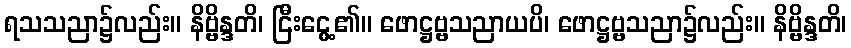
ရသသညာ၌လည်း။ နိဗ္ဗိန္ဒတိ၊ ငြီးငွေ့၏။ ဖောဋ္ဌဗ္ဗသညာယပိ၊ ဖောဋ္ဌဗ္ဗသညာ၌လည်း။ နိဗ္ဗိန္ဒတိ၊